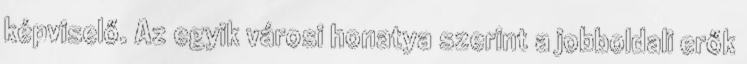
képviselő. Az egyik városi honatya szerint a jobboldali erők